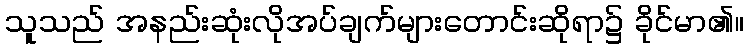
သူသည် အနည်းဆုံးလိုအပ်ချက်များတောင်းဆိုရာ၌ ခိုင်မာ၏။